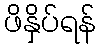
ဖိနှိပ်ရန်